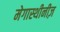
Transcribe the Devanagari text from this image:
मेगास्थीनीज़